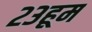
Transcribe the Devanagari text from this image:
२३हूम